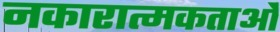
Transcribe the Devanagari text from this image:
नकारात्मकताओं